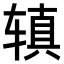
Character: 𫟥